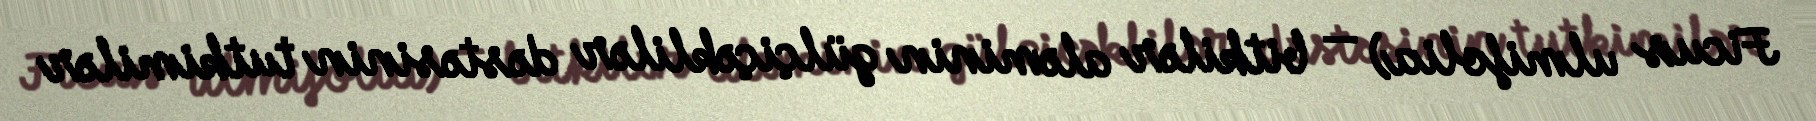
Ficus ulmifolia) — bitkilər aləminin gülçiçəklilər dəstəsinin tutkimilər